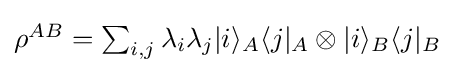
{\textstyle \rho ^{AB}=\sum _{i,j}\lambda _{i}\lambda _{j}|i\rangle _{A}\langle j|_{A}\otimes |i\rangle _{B}\langle j|_{B}}